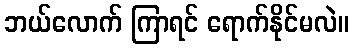
ဘယ်လောက် ကြာရင် ရောက်နိုင်မလဲ။